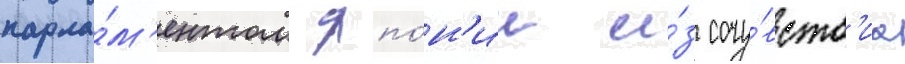
парла́м'ентом япо́н'ии и́з сочу́вств'иа